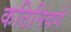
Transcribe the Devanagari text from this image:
कठिनिवर्ग